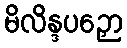
မိလိန္ဒပဉှော